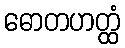
ဓောတဟတ္ထံ